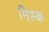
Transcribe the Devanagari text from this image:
मिस्क